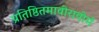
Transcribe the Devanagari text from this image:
प्रतिष्ठितमावीरावीर्म